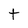
Character: t